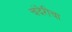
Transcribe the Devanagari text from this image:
चंदेरीचा